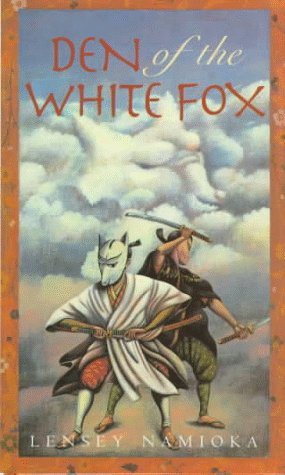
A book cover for Den of the White Fox; Lensey Namioka; Teen & Young Adult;